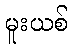
မူးယစ်